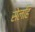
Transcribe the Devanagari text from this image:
सेलहि